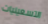
التسعينيات